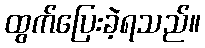
ထွက်ပြေးခဲ့ရသည်။